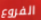
الفروع